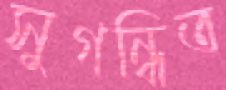
সুগন্ধিত